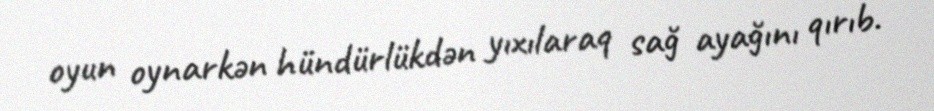
oyun oynarkən hündürlükdən yıxılaraq sağ ayağını qırıb.